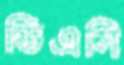
ডিএসি